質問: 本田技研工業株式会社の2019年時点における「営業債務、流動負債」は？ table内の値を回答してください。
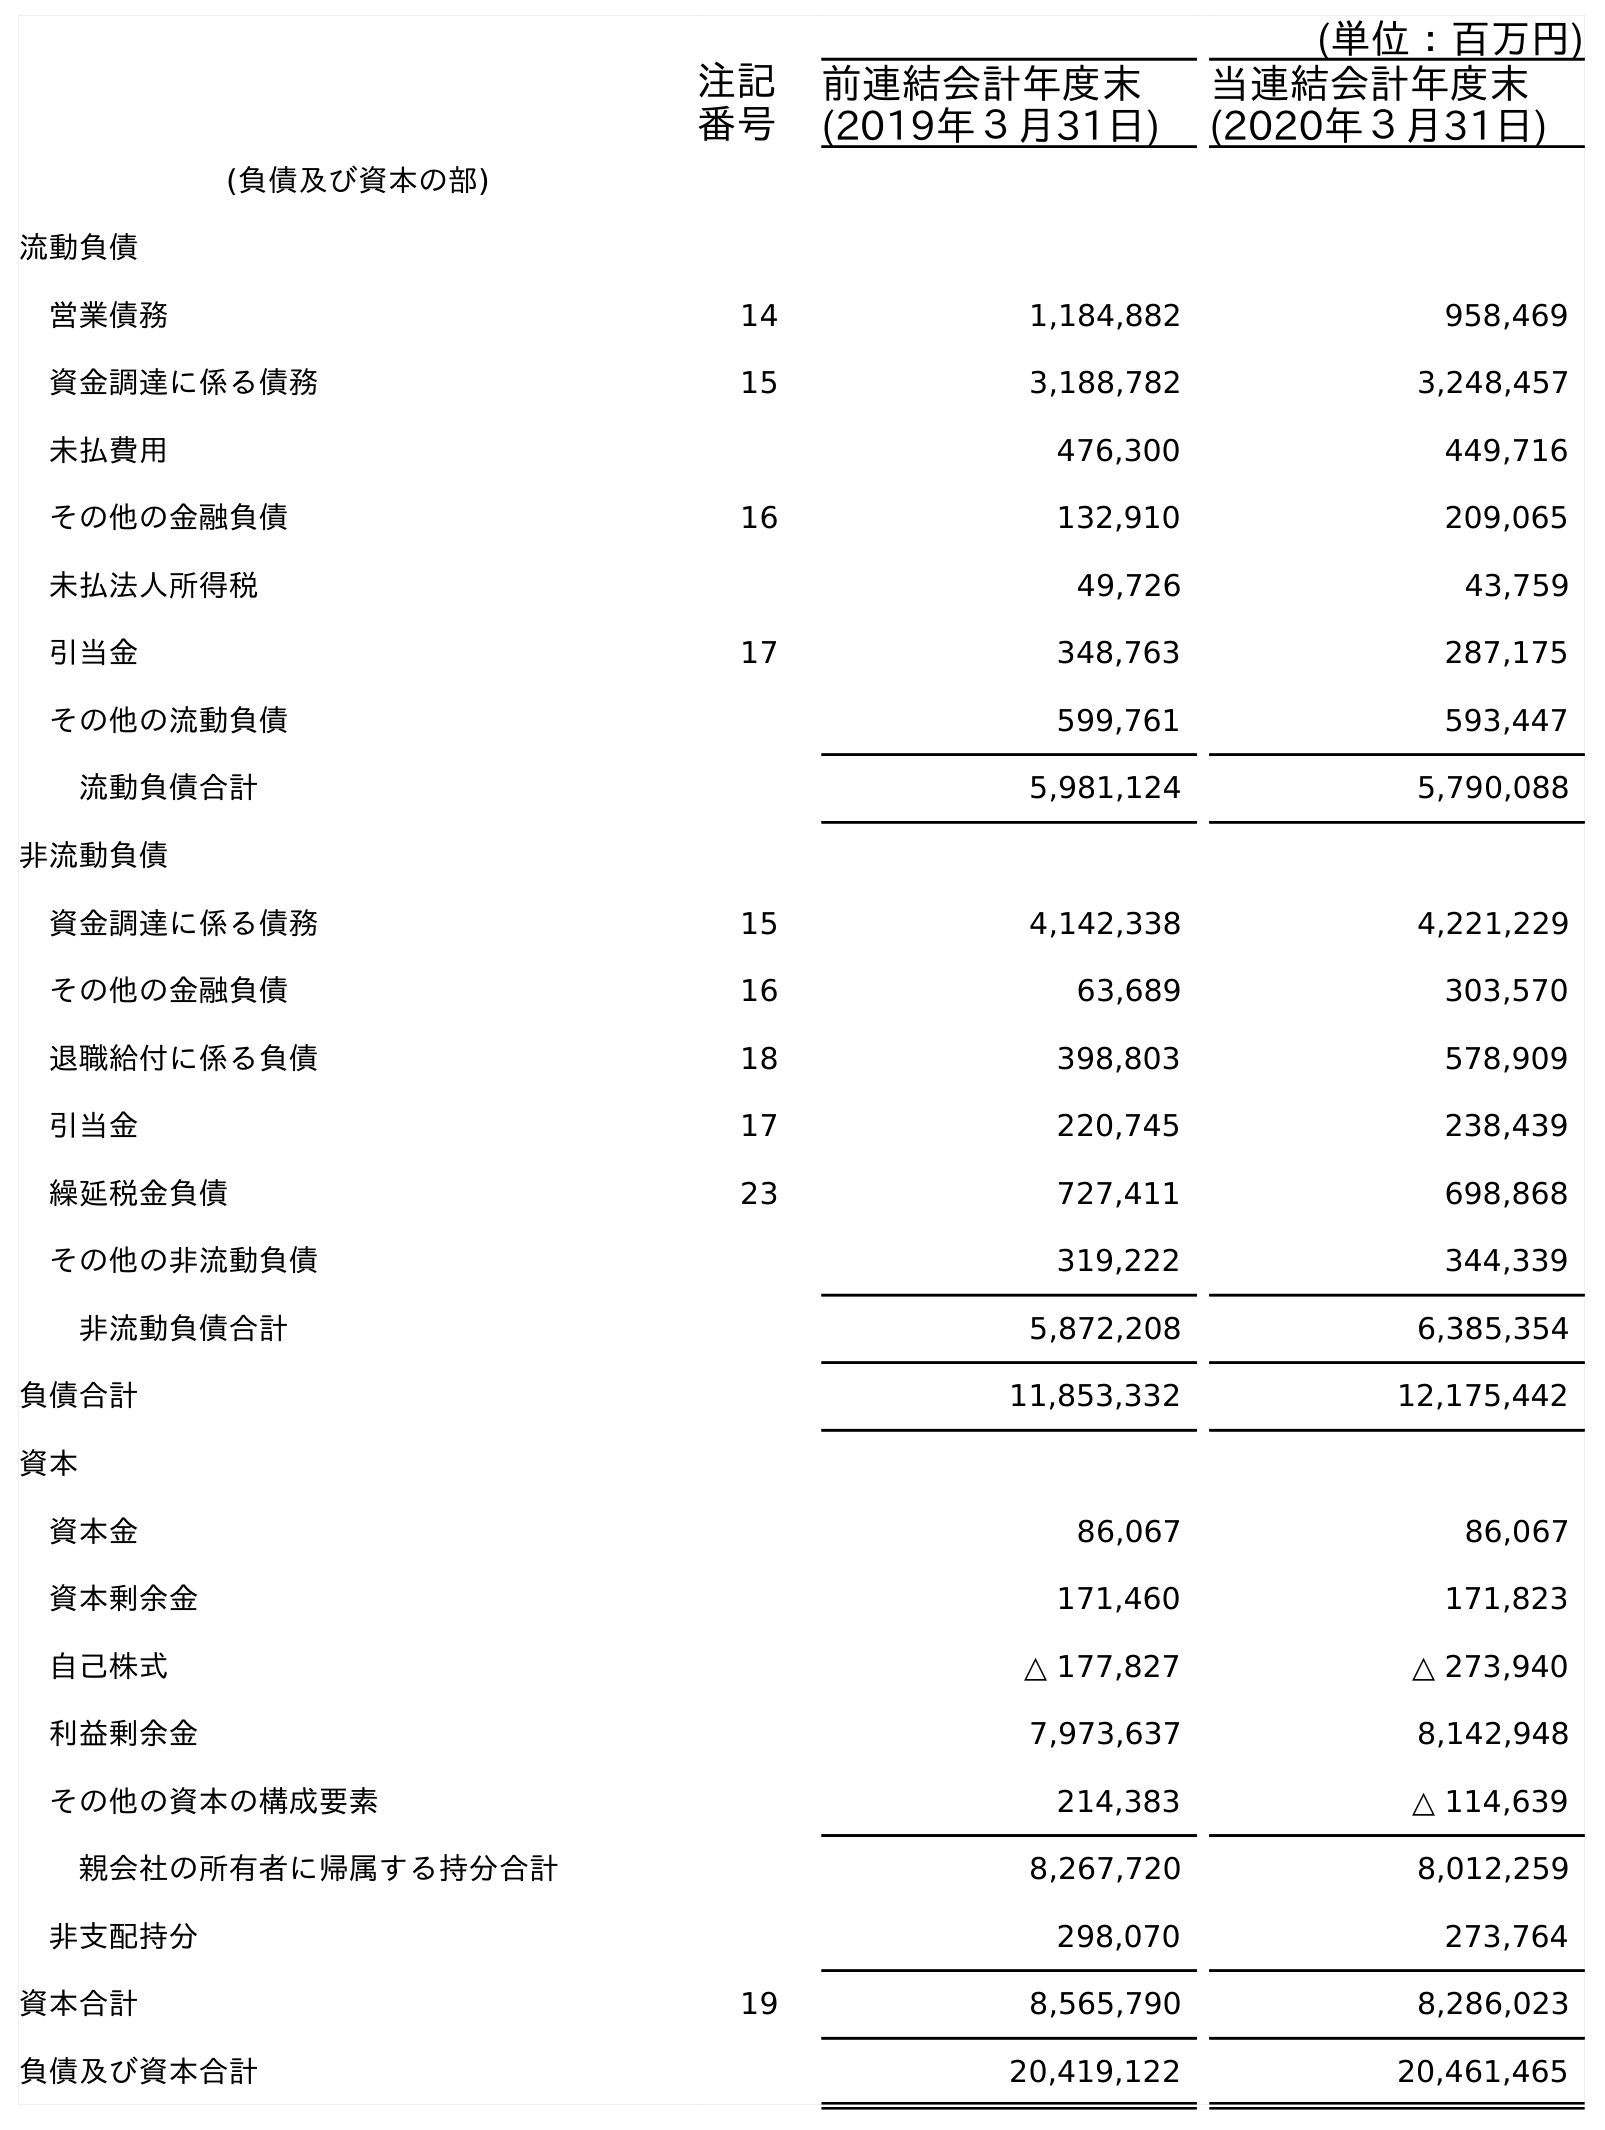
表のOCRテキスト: (単位：百万円) 注記 番号 前連結会計年度末 (2019年３月31日) 当連結会計年度末 (2020年３月31日) (負債及び資本の部) 流動負債 営業債務 14 1,184,882 958,469 資金調達に係る債務 15 3,188,782 3,248,457 未払費用 476,300 449,716 その他の金融負債 16 132,910 209,065 未払法人所得税 49,726 43,759 引当金 17 348,763 287,175 その他の流動負債 599,761 593,447 流動負債合計 5,981,124 5,790,088 非流動負債 資金調達に係る債務 15 4,142,338 4,221,229 その他の金融負債 16 63,689 303,570 退職給付に係る負債 18 398,803 578,909 引当金 17 220,745 238,439 繰延税金負債 23 727,411 698,868 その他の非流動負債 319,222 344,339 非流動負債合計 5,872,208 6,385,354 負債合計 11,853,332 12,175,442 資本 資本金 86,067 86,067 資本剰余金 171,460 171,823 自己株式 △ 177,827 △ 273,940 利益剰余金 7,973,637 8,142,948 その他の資本の構成要素 214,383 △ 114,639 親会社の所有者に帰属する持分合計 8,267,720 8,012,259 非支配持分 298,070 273,764 資本合計 19 8,565,790 8,286,023 負債及び資本合計 20,419,122 20,461,465
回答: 1,184,882